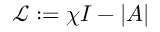
\mathcal { L } : = \chi I - \left| A \right|